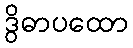
ဒွိဓာပထော